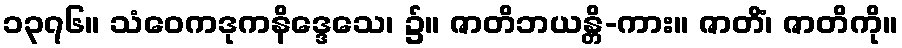
၁၃၇၆။ သံဝေကဒုကနိဒ္ဒေသေ၊ ၌။ ဇာတိဘယန္တိ-ကား။ ဇာတိံ၊ ဇာတိကို။